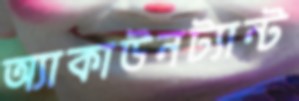
অ্যাকাউনট্যান্ট